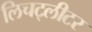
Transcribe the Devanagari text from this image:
लिचट्लीटर